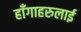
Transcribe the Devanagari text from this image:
हाँगाहरुलाई